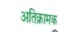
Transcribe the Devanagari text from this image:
अतिक्रामक